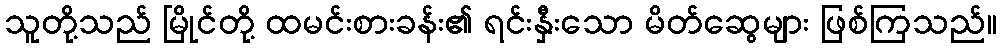
သူတို့သည် မြိုင်တို့ ထမင်းစားခန်း၏ ရင်းနှီးသော မိတ်ဆွေများ ဖြစ်ကြသည်။